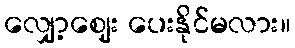
လျှော့ဈေး ပေးနိုင်မလား။